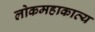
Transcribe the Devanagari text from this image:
लोकमहाकाव्य